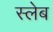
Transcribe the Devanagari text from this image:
स्लेब